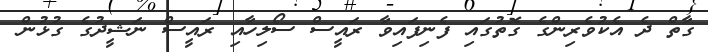
ގާތް ދެ އެކުވެރިންގެ ގޮތުގައި ފެނިފައިވާ ރައީސް ސޯލިހާއި ރައީސް ނަޝީދުގެ ގުޅުން